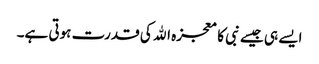
ایسے ہی جیسے نبی کا معجزہ اﷲ کی قدرت ہوتی ہے۔